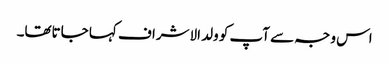
اس وجہ سے آپ کو ولد الاشراف کہا جاتاتھا۔